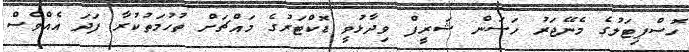
ހޮސްޕިޓަލުގެ މެނޭޖަރު ހަސަން ޝަރީފް ވިދާޅުވީ ޑޮކްޓަރުގެ މައްޗަށް ތުހުމަތުކުރާ ފަދަ އެއްވެސް